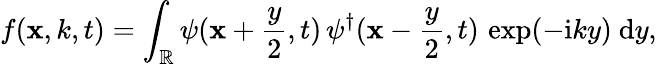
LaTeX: f(\mathbf{x},k,t)=\int_{\mathbb{{R}}}\psi(\mathbf{x}+\frac{{y}}{{2}},t)\, \psi^{\dagger}(\mathbf{x}-\frac{{y}}{{2}},t)\, \exp(-\mathrm{{i}}ky)~\mathrm{{d}}y,